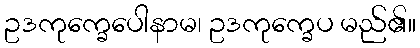
ဥဒကုက္ခေပေါနာမ၊ ဥဒကုက္ခေပ မည်၏။